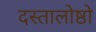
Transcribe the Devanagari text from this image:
दस्तालोष्ठो